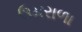
ઉમરાળા